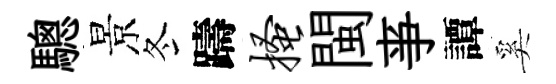
驄景冬躊搔閩亊譚奚